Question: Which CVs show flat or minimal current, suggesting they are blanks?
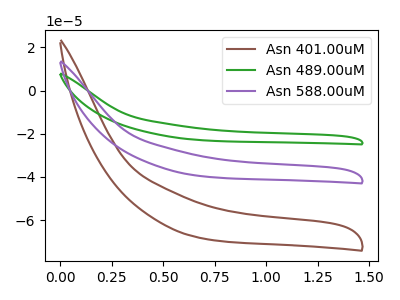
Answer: <think>The brown curve "Asn 401.00uM" has no peaks. The green curve "Asn 489.00uM" has no peaks. The purple curve "Asn 588.00uM" has no peaks.</think>
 <answer>"Asn 401.00uM", "Asn 489.00uM" and "Asn 588.00uM" are likely to be blanks.</answer>
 <eval>"Asn 401.00uM", "Asn 489.00uM", "Asn 588.00uM"</eval>